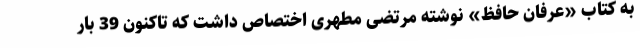
به کتاب «عرفان حافظ» نوشته‌ مرتضی مطهری اختصاص داشت که تاکنون 39 بار